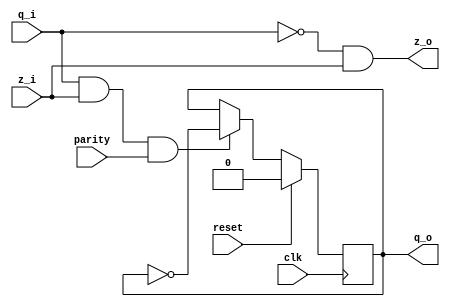
module gcountercell(input wire clk, reset,
		    input wire 	q_i,
		    input wire 	z_i,
		    input wire 	parity,
		    output wire z_o,
		    output wire q_o);

   reg 				q, q_next;

   always @(posedge clk)
     if (reset)
       q <= 1'b0;
     else
       q <= q_next;
   
   always @(*)
     if (~(q_i & z_i & parity))
       q_next = q;
     else
       q_next = ~q;
   
   assign z_o = ~q_i & z_i;
   assign q_o = q;

endmodule
		    

module gcounter(
		input 		   clk, reset,
		output wire [31:0] q
		);
   
   reg 				   t, t_next;
   
   always @(posedge clk)
     if (reset)
       t <= 1'b0;
     else
       t <= t_next;

   always @(*)
     t_next = ~t;

   wire 			   zv[31:0];
   
   gcountercell b00(.clk(clk), .reset(reset), .q_i(1'b1),  .z_i(1'b1),    .parity(~t), .z_o(zv[0]),  .q_o(q[0]));
   gcountercell b01(.clk(clk), .reset(reset), .q_i(q[0]),  .z_i(1'b1),    .parity( t), .z_o(zv[1]),  .q_o(q[1]));
   gcountercell b02(.clk(clk), .reset(reset), .q_i(q[1]),  .z_i(zv[1]),   .parity( t), .z_o(zv[2]),  .q_o(q[2]));
   gcountercell b03(.clk(clk), .reset(reset), .q_i(q[2]),  .z_i(zv[2]),   .parity( t), .z_o(zv[3]),  .q_o(q[3]));
   gcountercell b04(.clk(clk), .reset(reset), .q_i(q[3]),  .z_i(zv[3]),   .parity( t), .z_o(zv[4]),  .q_o(q[4]));
   gcountercell b05(.clk(clk), .reset(reset), .q_i(q[4]),  .z_i(zv[4]),   .parity( t), .z_o(zv[5]),  .q_o(q[5]));
   gcountercell b06(.clk(clk), .reset(reset), .q_i(q[5]),  .z_i(zv[5]),   .parity( t), .z_o(zv[6]),  .q_o(q[6]));
   gcountercell b07(.clk(clk), .reset(reset), .q_i(q[6]),  .z_i(zv[6]),   .parity( t), .z_o(zv[7]),  .q_o(q[7]));
   gcountercell b08(.clk(clk), .reset(reset), .q_i(q[7]),  .z_i(zv[7]),   .parity( t), .z_o(zv[8]),  .q_o(q[8]));
   gcountercell b09(.clk(clk), .reset(reset), .q_i(q[8]),  .z_i(zv[8]),   .parity( t), .z_o(zv[9]),  .q_o(q[9]));
   gcountercell b10(.clk(clk), .reset(reset), .q_i(q[9]),  .z_i(zv[9]),   .parity( t), .z_o(zv[10]), .q_o(q[10]));
   gcountercell b11(.clk(clk), .reset(reset), .q_i(q[10]), .z_i(zv[10]),  .parity( t), .z_o(zv[11]), .q_o(q[11]));
   gcountercell b12(.clk(clk), .reset(reset), .q_i(q[11]), .z_i(zv[11]),  .parity( t), .z_o(zv[12]), .q_o(q[12]));
   gcountercell b13(.clk(clk), .reset(reset), .q_i(q[12]), .z_i(zv[12]),  .parity( t), .z_o(zv[13]), .q_o(q[13]));
   gcountercell b14(.clk(clk), .reset(reset), .q_i(q[13]), .z_i(zv[13]),  .parity( t), .z_o(zv[14]), .q_o(q[14]));
   gcountercell b15(.clk(clk), .reset(reset), .q_i(q[14]), .z_i(zv[14]),  .parity( t), .z_o(zv[15]), .q_o(q[15]));
   gcountercell b16(.clk(clk), .reset(reset), .q_i(q[15]), .z_i(zv[15]),  .parity( t), .z_o(zv[16]), .q_o(q[16]));
   gcountercell b17(.clk(clk), .reset(reset), .q_i(q[16]), .z_i(zv[16]),  .parity( t), .z_o(zv[17]), .q_o(q[17]));
   gcountercell b18(.clk(clk), .reset(reset), .q_i(q[17]), .z_i(zv[17]),  .parity( t), .z_o(zv[18]), .q_o(q[18]));
   gcountercell b19(.clk(clk), .reset(reset), .q_i(q[18]), .z_i(zv[18]),  .parity( t), .z_o(zv[19]), .q_o(q[19]));
   gcountercell b20(.clk(clk), .reset(reset), .q_i(q[19]), .z_i(zv[19]),  .parity( t), .z_o(zv[20]), .q_o(q[20]));
   gcountercell b21(.clk(clk), .reset(reset), .q_i(q[20]), .z_i(zv[20]),  .parity( t), .z_o(zv[21]), .q_o(q[21]));
   gcountercell b22(.clk(clk), .reset(reset), .q_i(q[21]), .z_i(zv[21]),  .parity( t), .z_o(zv[22]), .q_o(q[22]));
   gcountercell b23(.clk(clk), .reset(reset), .q_i(q[22]), .z_i(zv[22]),  .parity( t), .z_o(zv[23]), .q_o(q[23]));
   gcountercell b24(.clk(clk), .reset(reset), .q_i(q[23]), .z_i(zv[23]),  .parity( t), .z_o(zv[24]), .q_o(q[24]));
   gcountercell b25(.clk(clk), .reset(reset), .q_i(q[24]), .z_i(zv[24]),  .parity( t), .z_o(zv[25]), .q_o(q[25]));
   gcountercell b26(.clk(clk), .reset(reset), .q_i(q[25]), .z_i(zv[25]),  .parity( t), .z_o(zv[26]), .q_o(q[26]));
   gcountercell b27(.clk(clk), .reset(reset), .q_i(q[26]), .z_i(zv[26]),  .parity( t), .z_o(zv[27]), .q_o(q[27]));
   gcountercell b28(.clk(clk), .reset(reset), .q_i(q[27]), .z_i(zv[27]),  .parity( t), .z_o(zv[28]), .q_o(q[28]));
   gcountercell b29(.clk(clk), .reset(reset), .q_i(q[28]), .z_i(zv[28]),  .parity( t), .z_o(zv[29]), .q_o(q[29]));
   gcountercell b30(.clk(clk), .reset(reset), .q_i(q[29]), .z_i(zv[29]),  .parity( t), .z_o(zv[30]), .q_o(q[30]));
   gcountercell b31(.clk(clk), .reset(reset), .q_i(q[30]), .z_i(zv[30]),  .parity( t), .z_o(zv[31]), .q_o(q[31]));
   
endmodule